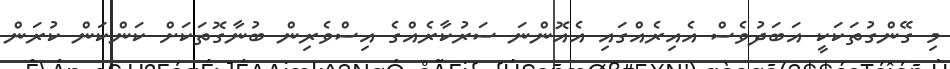
މި ގޭންގުތަކަކީ އަބަދުވެސް އެއިރެއްގައި އެއޮންނަ ސަރުކާރެއްގެ އިސްވެރިން ބުނާގޮތަކަށް ކަންކަން ކުރަން